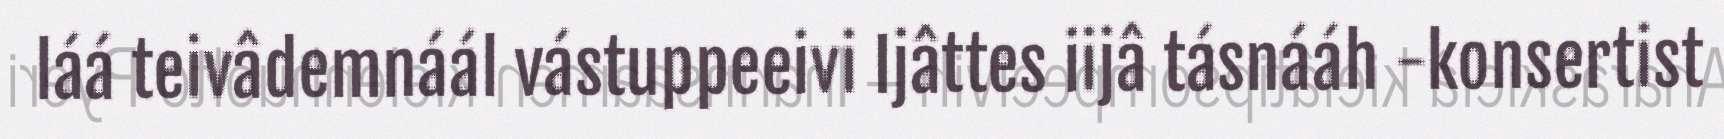
láá teivâdemnáál vástuppeeivi Ijâttes iijâ tásnááh -konsertist